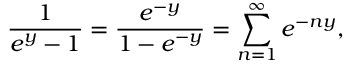
\frac { 1 } { e ^ { y } - 1 } = \frac { e ^ { - y } } { 1 - e ^ { - y } } = \sum _ { n = 1 } ^ { \infty } e ^ { - n y } ,